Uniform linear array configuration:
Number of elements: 24
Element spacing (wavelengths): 0.25
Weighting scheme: hamming
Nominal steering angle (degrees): -60
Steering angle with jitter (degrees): -60.484
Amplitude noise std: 0.05
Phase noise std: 0.05

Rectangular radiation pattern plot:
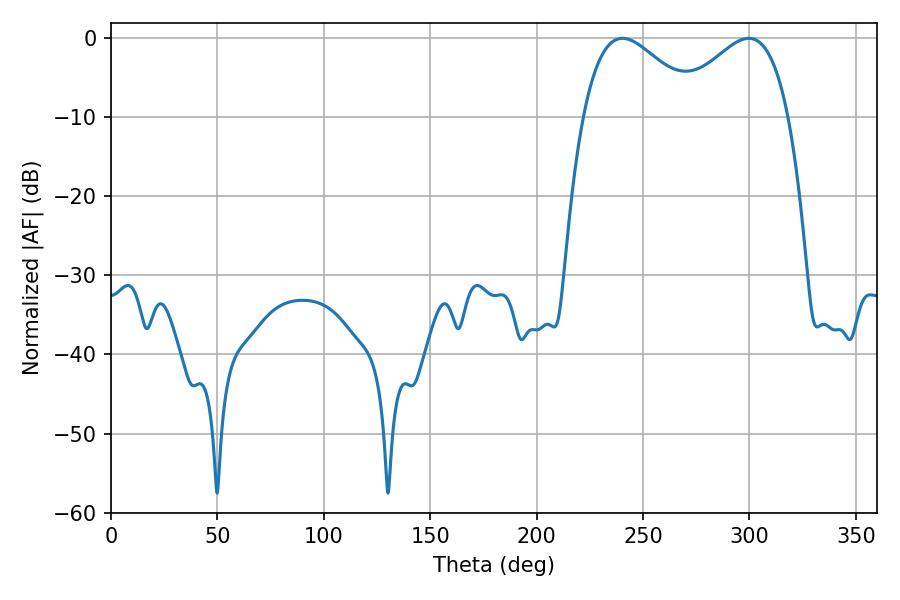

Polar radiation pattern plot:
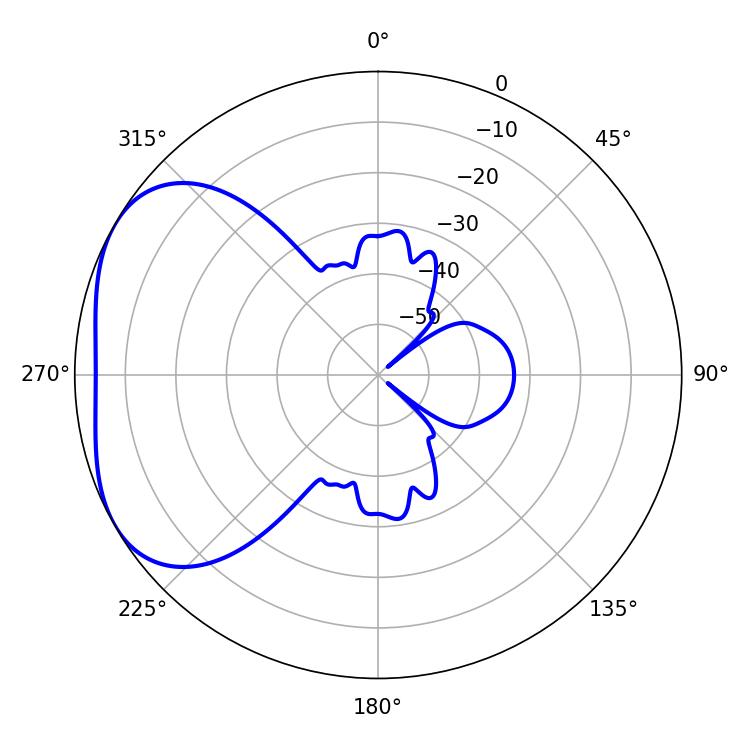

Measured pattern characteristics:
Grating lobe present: FALSE
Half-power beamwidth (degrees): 29.52
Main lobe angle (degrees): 240.3